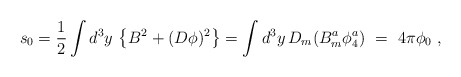
\begin{align*}s_0 = \frac{1}{2}\int d^3y\,\left\{ B^2 +(D\phi)^2 \right\}= \int d^3y\,D_m (B_m^a \phi^a_4)\ =\ 4\pi \phi_0\ ,\end{align*}